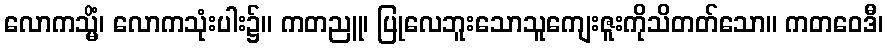
လောကသ္မိံ၊ လောကသုံးပါး၌။ ကတညူ၊ ပြုလေဘူးသောသူကျေးဇူးကိုသိတတ်သော။ ကတဝေဒီ၊